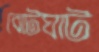
বোটঘাট